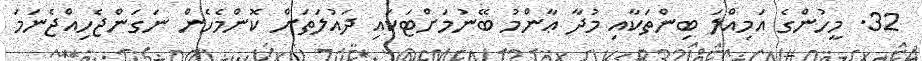
32. މީހުންގެ އަމިއްލަ ބިންތަކާއި މުދާ ޢާންމު ބޭނުމަށްޓަކައި ދައުލަތަށް ކޮންމެހެން ނަގަންޖެހިއްޖެނަމަ